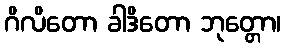
ဂိလိတော ခါဒိတော ဘုတ္တော၊